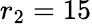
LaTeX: r_{\textrm{2}}=15